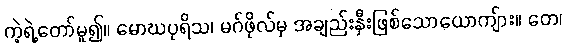
ကဲ့ရဲ့တော်မူ၍။ မောဃပုရိသ၊ မဂ်ဖိုလ်မှ အချည်းနှီးဖြစ်သောယောကျ်ား။ တေ၊